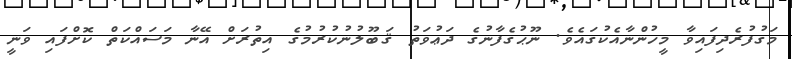
މަގުފުރެދިފައިވާ މީހުންނާއެކުގައެވެ. ނޫޙުގެފާނުގެ ދަޢުވަތު ޤަބޫލުނުކުރުމުގެ އިތުރަށް އޭނާ މަސައްކަތް ކޮށްފައި ވަނީ